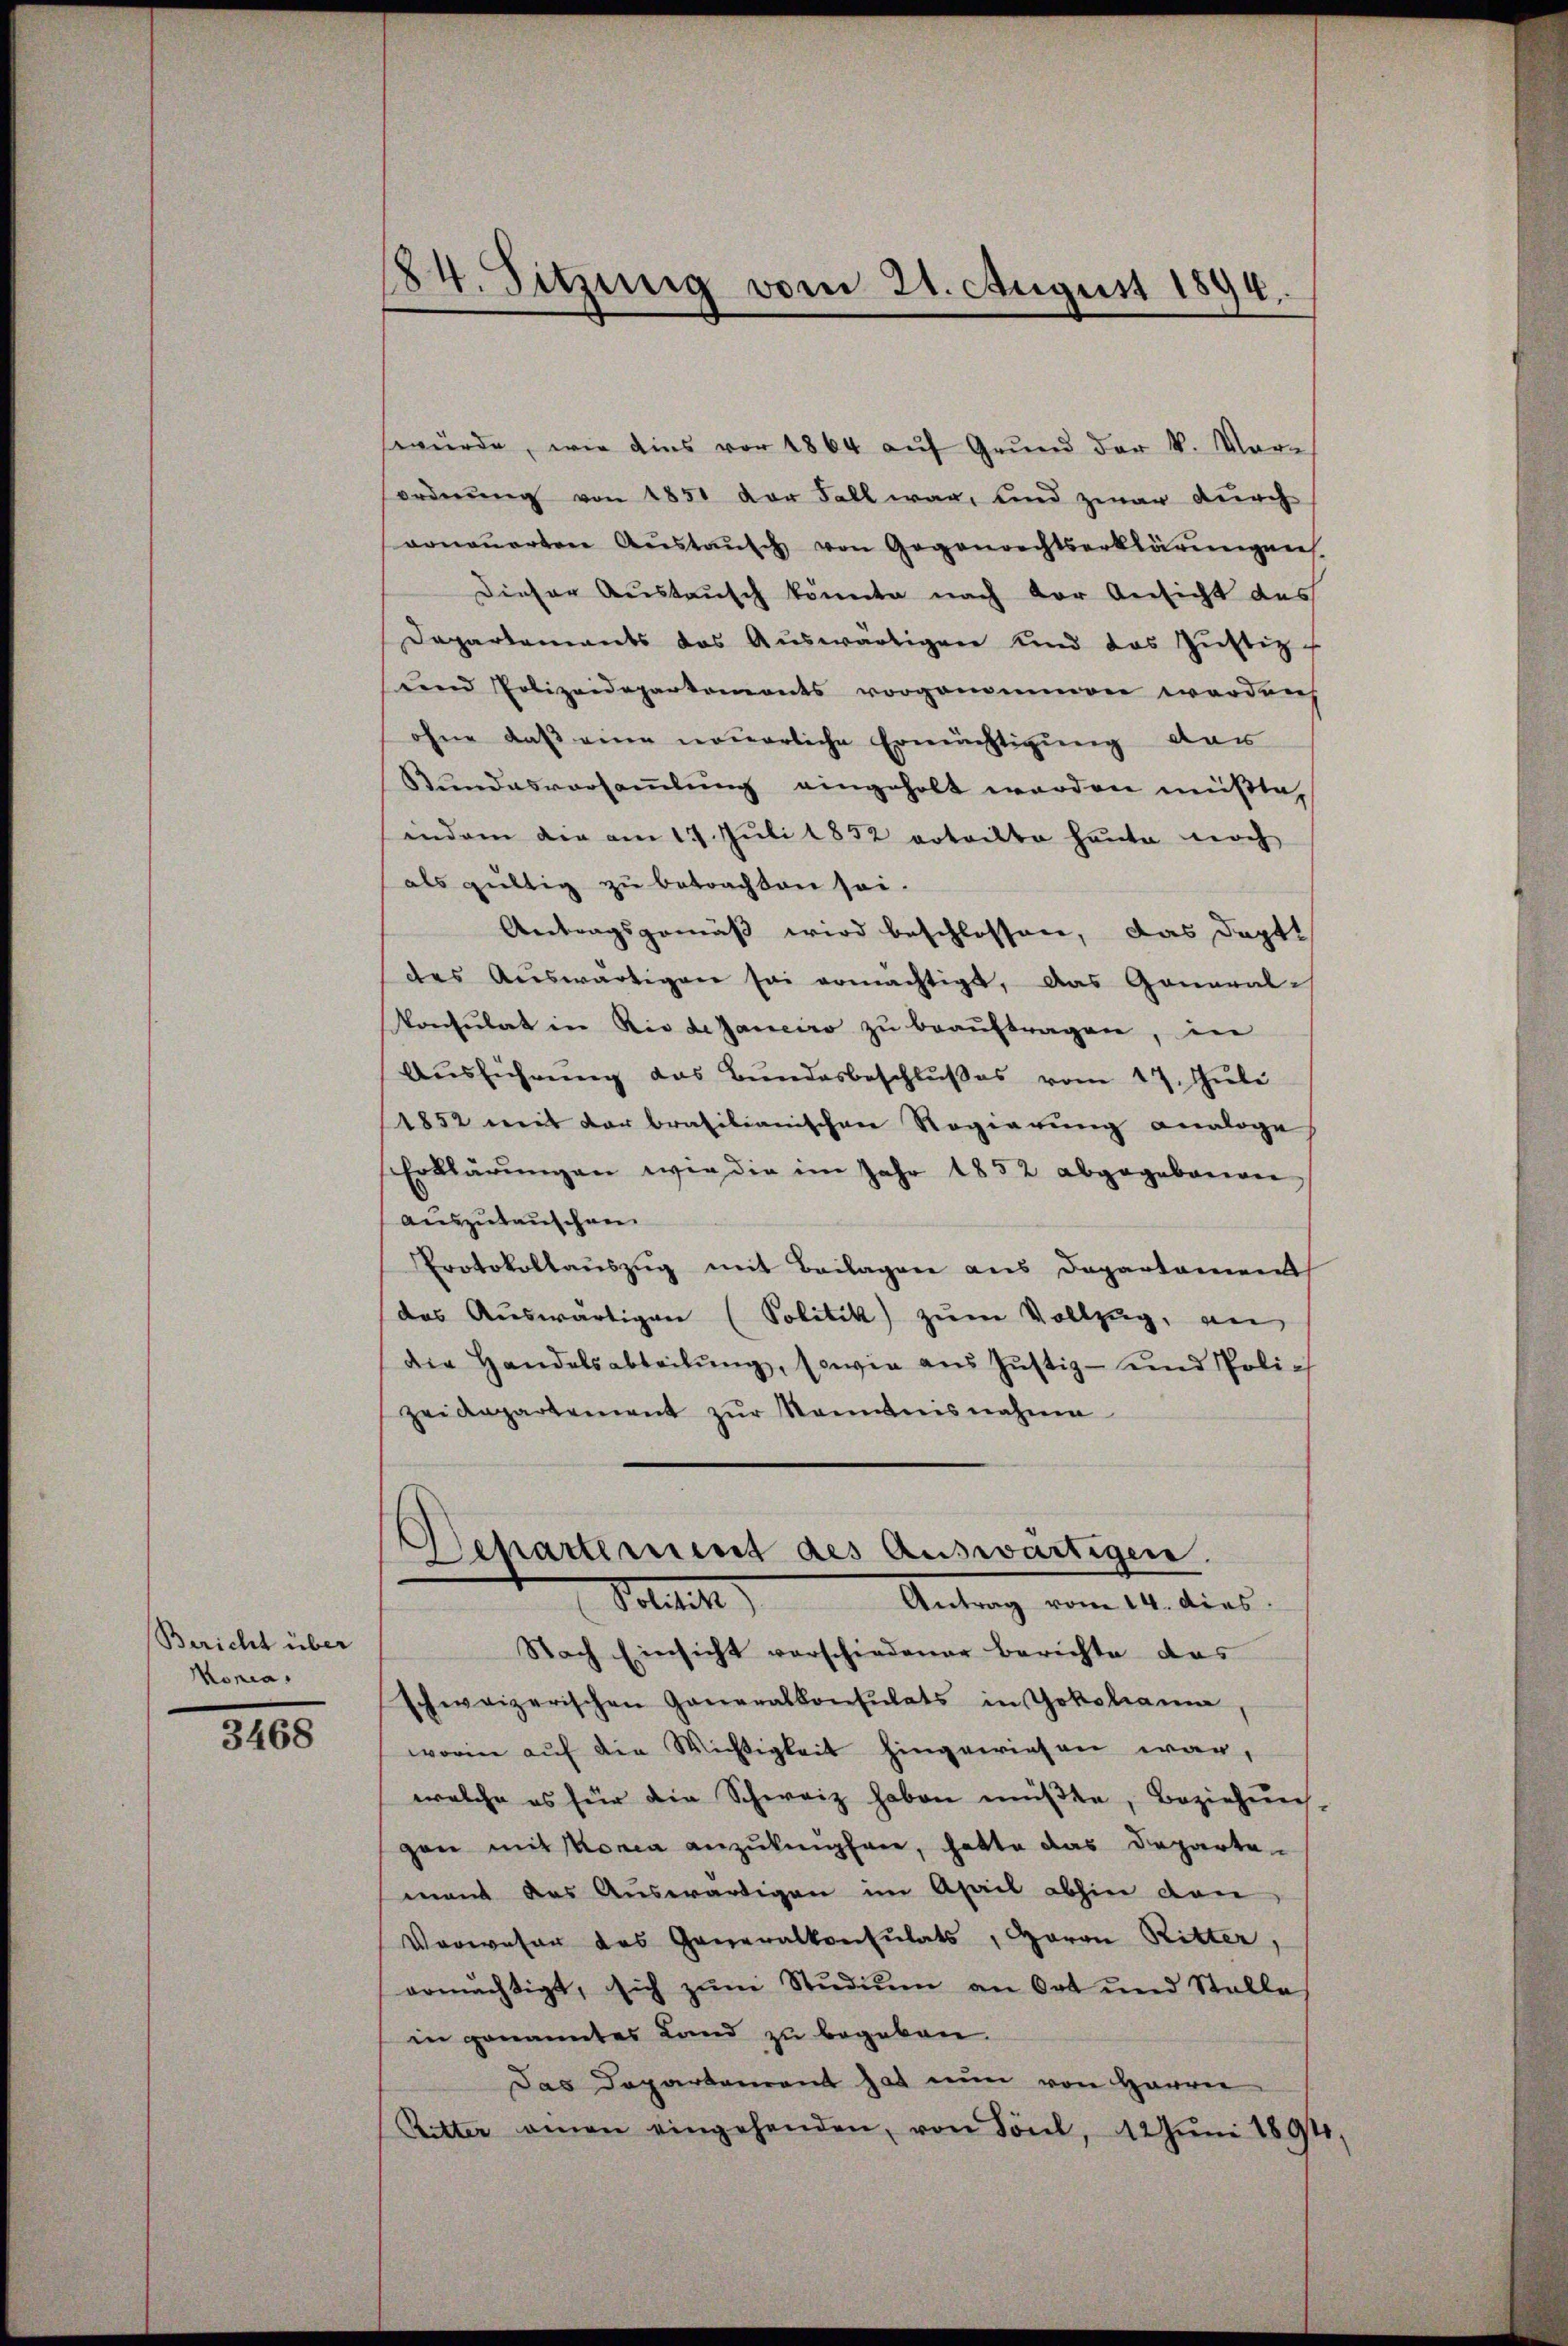
Bericht über
Konia,

3468

84. Sitzung vom 21. August 1894.

würde, wie dies vor 1864 aŭf Grŭnd der k. Mari
ordnŭng von 1851 der Fall war, und zwar durch
vonauerten Aŭstaŭsch von Gegenrechtserklärŭngen
Dieser Austausch könnte nach der Ansicht des
Departements das Auswärtigen und das Zustiz-
und Polizeidepartements vorgenommen werden
ohne daß eine nouerliche Ermächtigung dar
Bundesversammlung eingeholt werden müßte,
indem die am 17. Juli 1852 vrteilte heute noch
als gültig zu betrachten sei.
Antragsgemäß wird beschlossen, das Doptt
des Auswärtigen sei ermächtigt, das Goneral-
konsulat in Rio de Janeiro zu beauftragen, in
Aŭsführŭng das Bundesbeschlŭβes vom 17. Jŭli
1852 mit der brasilianischen Regierung analoge
Erklärŭngen wir die im Jahr 1852 abgegebareren,
auszutauschen.
Protokollaŭszŭg mit Beilagen aus Departament
das Auswärtigen (Politik zum Vollzug, an
die Handelsabteilŭng, sowie aus Justiz- und Polizeidepartement zur Kenntnisnahme
Departement des Auswärtigen.
Solitik
Antrag vom 14. dies
Nach Einsicht vorschiedener Berichte das
schweizerischen Generalkonsulats in Yokohama
worin auf die Wichtigkeit hingewiesen war,
welche es für die Schweiz haben müβte, Beziehŭng
gen mit konia anzuknüpfen, hatte das Departemant das Auswärtigen im April abhin den
Verweser das Generalkonsulats, Baron Ritter
ermächtigt, sich zum Studium an Ort und Stelle
in genanntes Land zu begeben.
Das Departement hat nun von Harrer
Ritter amen eingehenden, von Tönl, 42 Jŭni 1894,